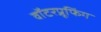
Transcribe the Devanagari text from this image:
वॉटरप्रूफिंग